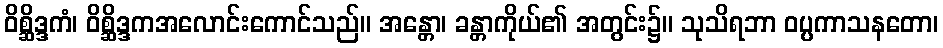
ဝိစ္ဆိဒ္ဒကံ၊ ဝိစ္ဆိဒ္ဒကအလောင်းကောင်သည်။ အန္တော၊ ခန္တာကိုယ်၏ အတွင်း၌။ သုသိရဘာ ဝပ္ပကာသနတော၊